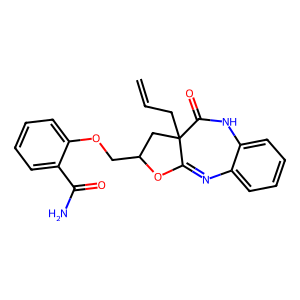
SMILES: C=CCC12CC(COc3ccccc3C(N)=O)OC1=Nc1ccccc1NC2=O
Inhibits HIV replication: No